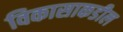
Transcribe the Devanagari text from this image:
विकासाकडील